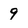
Character: 9